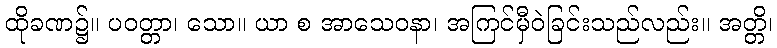
ထိုခဏ၌။ ပဝတ္တာ၊ သော။ ယာ စ အာသေဝနာ၊ အကြင်မှီဝဲခြင်းသည်လည်း။ အတ္တိ၊